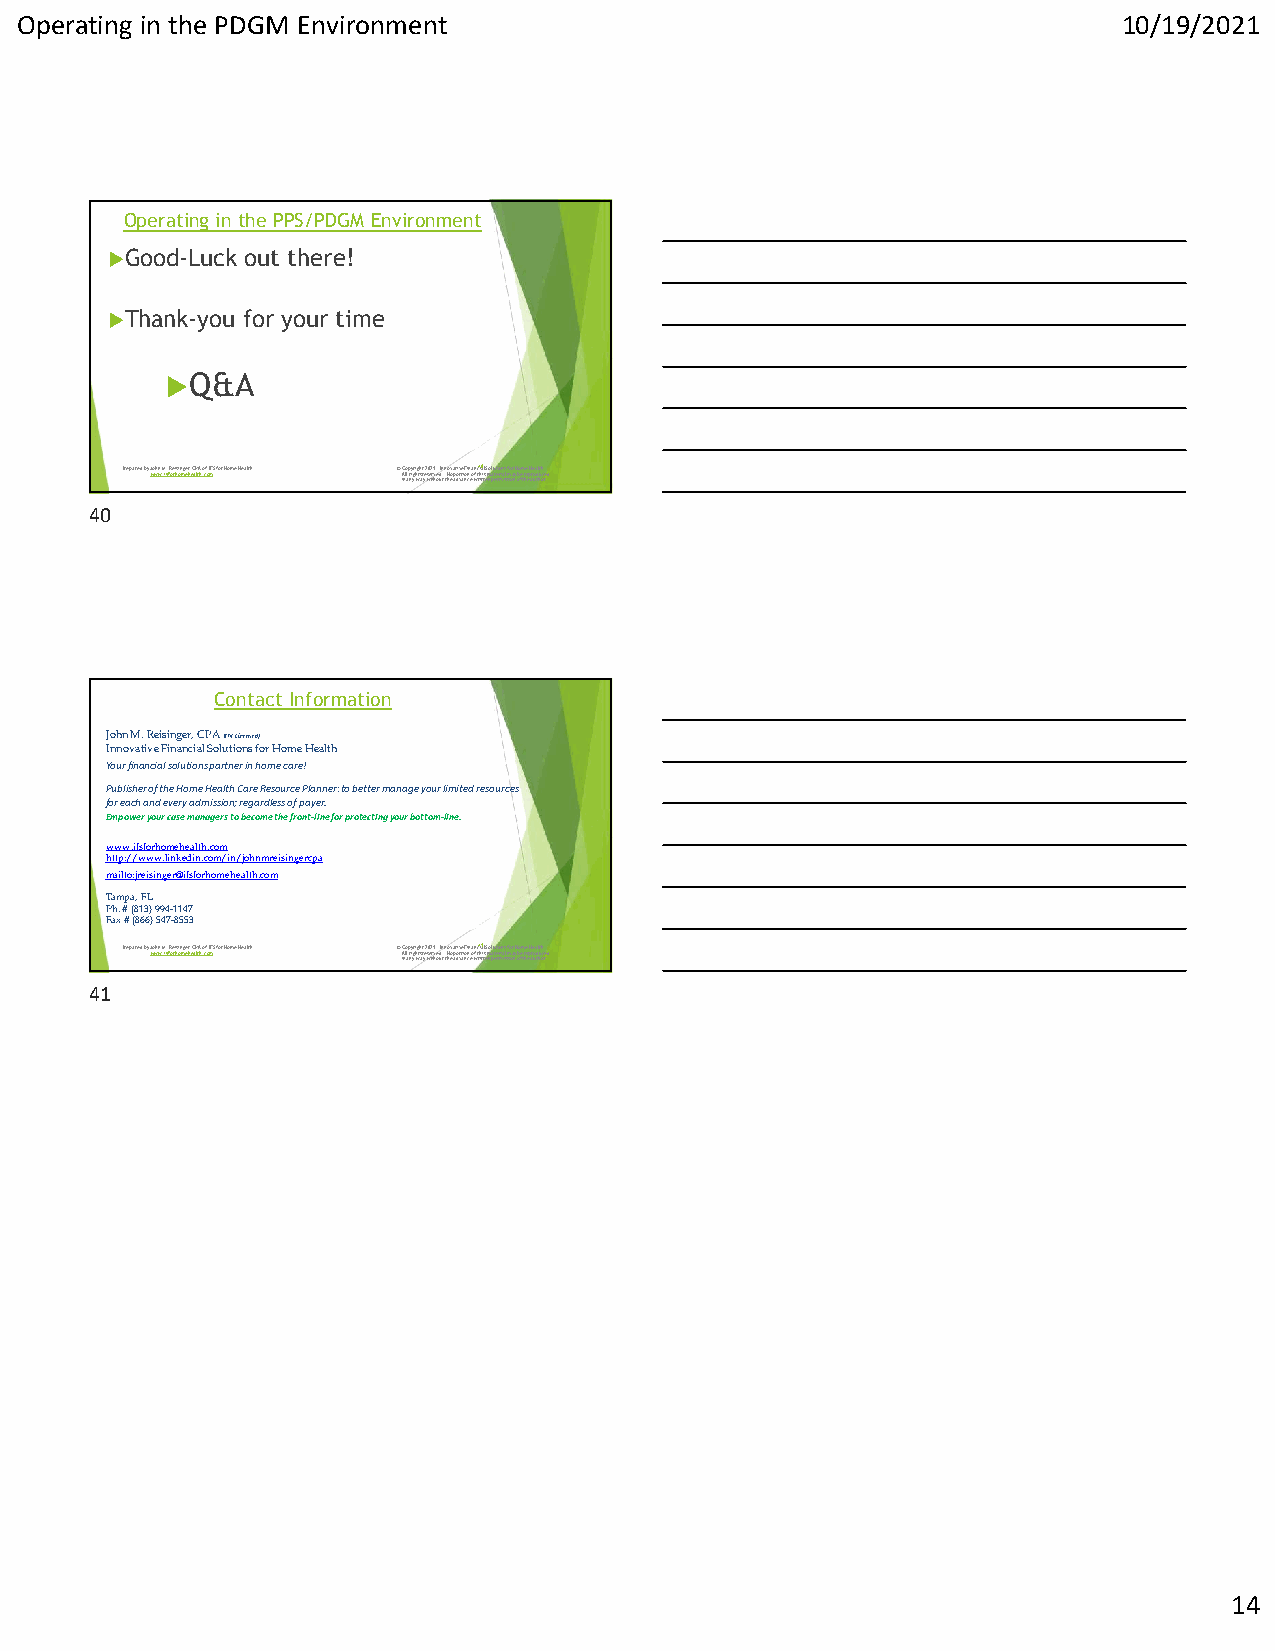
Operating in the PDGM Environment                                        10/19/2021
 Operating in the PPS/PDGM Environment
 Good-Luck out there!
 Thank-you for your time
 Q&A
 Prepared by Jwowhnw M.if.s Rfoerihsionmgeerh,e CaPltAh .ocfo ImFS for Home Health © AiC nlo la prnyigyrhi wgthsa try e2 w0se2 itr1 hv. oe udIn t.n t No hv eoa patodivrvetai Fonincn e oa wfn ctr4 hi ia0 titls e Smno al puteteriro minaisls sfmo ioar n yH o bo fem t hreee Hp are uoa tdl htuh ocre.d
 40
 Contact Information
 John M. Reisinger, CPA(TN Licensed)
 Innovative Financial Solutions for Home Health
 Your financial solutions partner in home care!
 Publisher of the Home Health Care Resource Planner: to better manage your limited resources
 for each and everyadmission; regardless of payer.
 Empower your case managers to become the front-line for protecting your bottom-line.
 www.ifsforhomehealth.com
 http://www.linkedin.com/in/johnmreisingercpa
 mailto:jreisinger@ifsforhomehealth.com
 Tampa, FL
 Ph. # (813) 994-1147
 Fax # (866) 547-8553
 Prepared by Jwowhnw M.if.s Rfoerihsionmgeerh,e CaPltAh .ocfo ImFS for Home Health © AiC nlo la prnyigyrhi wgthsa try e2 w0se2 itr1 hv. oe udIn t.n t No hv eoa patodivrvetai Fonincn e oa wfn ctr4 hi ia1 titls e Smno al puteteriro minaisls sfmo ioar n yH o bo fem t hreee Hp are uoa tdl htuh ocre.d
 41
 14